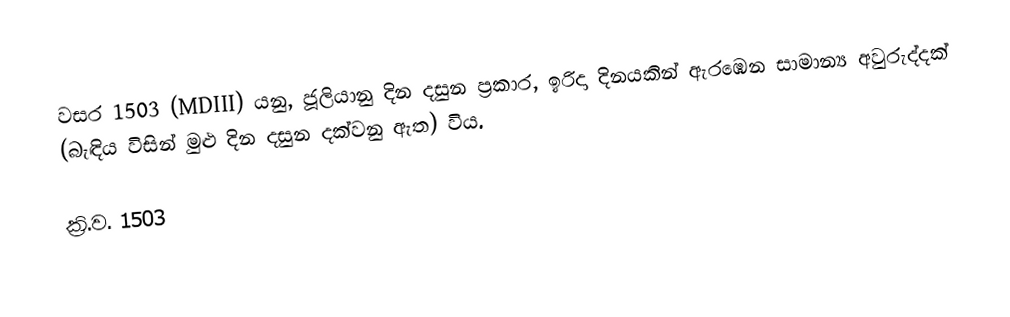

වසර 1503 (MDIII) යනු,  ජූලියානු දින දසුන ප්‍රකාර,  ඉරිදා දිනයකින් ඇරඹෙන සාමාන්‍ය අවුරුද්දක් (බැඳිය විසින් මුළු දින දසුන දක්වනු ඇත) විය.

ක්‍රි.ව. 1503